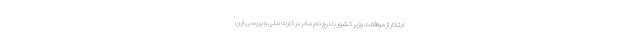
ابتکار از موافقت وزیر کشور با درج نام مادر در کارت ملی و بررسی این